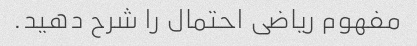
مفهوم ریاضی احتمال را شرح دهید.